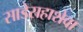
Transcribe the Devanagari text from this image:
साडेसहाशेवा